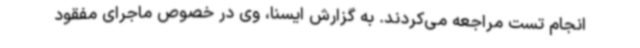
انجام تست مراجعه می‌کردند. به گزارش ایسنا، وی در خصوص ماجرای مفقود